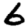
Digit: 6